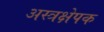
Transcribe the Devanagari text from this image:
अस्त्रक्षेपक